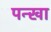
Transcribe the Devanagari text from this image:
पन्खा